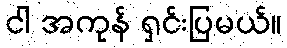
ငါ အကုန် ရှင်းပြမယ်။